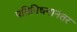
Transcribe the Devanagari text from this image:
पतिनिधनानंतर